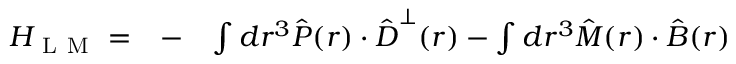
\begin{array} { r l r } { H _ { \mathrm { ~ L ~ M ~ } } = } & { { } - } & { \int d \boldsymbol r ^ { 3 } \hat { \boldsymbol P } ( \boldsymbol r ) \cdot \hat { \boldsymbol D } ^ { \perp } ( \boldsymbol r ) - \int d \boldsymbol r ^ { 3 } \hat { \boldsymbol M } ( \boldsymbol r ) \cdot \hat { \boldsymbol B } ( \boldsymbol r ) } \end{array}